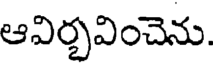
ఆవిర్చవించెను.